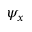
\psi _ { x }